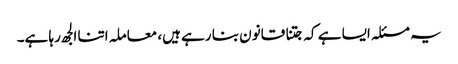
یہ مسئلہ ایسا ہے کہ جتنا قانون بنا رہے ہیں، معاملہ اتنا الجھ رہا ہے۔